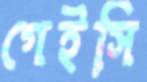
গেইসি